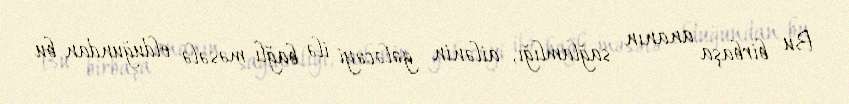
Bu birbaşa ananın sağlamlığı, ailənin gələcəyi ilə bağlı məsələ olduğundan bu